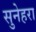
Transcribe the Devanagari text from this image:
सुनेहरा